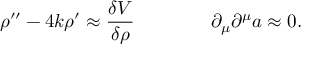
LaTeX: \rho ^ { \prime \prime } - 4 k \rho ^ { \prime } \approx { \frac { \delta V } { \delta \rho } } \qquad \qquad \partial _ { \mu } \partial ^ { \mu } a \approx 0 .